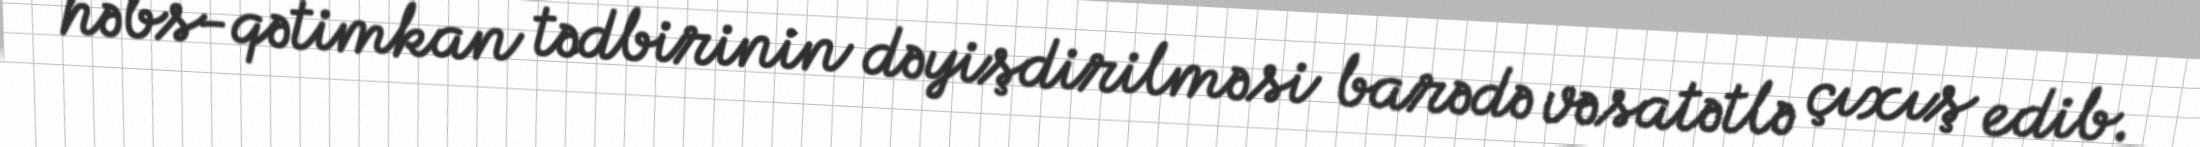
həbs-qətimkan tədbirinin dəyişdirilməsi barədə vəsatətlə çıxış edib.